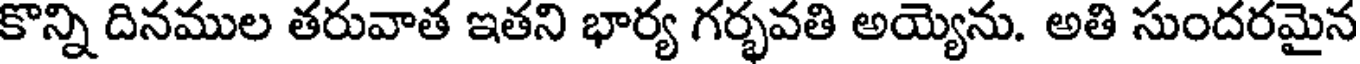
కొన్ని దినముల తరువాత ఇతని భార్య గర్భవతి అయ్యెను. అతి సుందరమైన